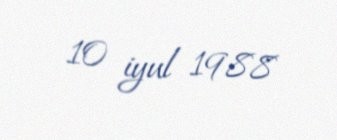
10 iyul 1988